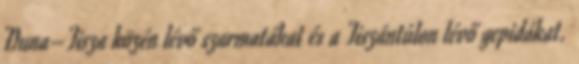
Duna–Tisza közén lévő szarmatákat és a Tiszántúlon lévő gepidákat.